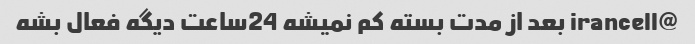
@irancell بعد از مدت بسته کم نمیشه 24ساعت دیگه فعال بشه